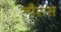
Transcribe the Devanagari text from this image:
लौरास